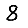
Digit: 8